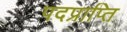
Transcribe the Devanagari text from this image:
पदप्राप्ति